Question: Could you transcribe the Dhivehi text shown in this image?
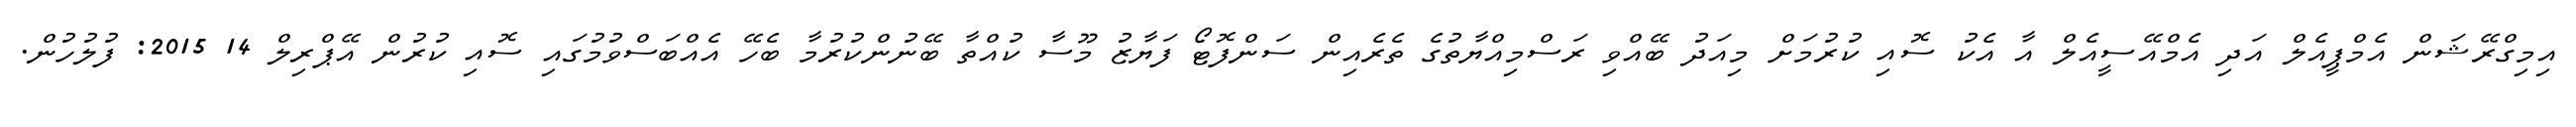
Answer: އިމިގްރޭޝަން އެމްޕީއެލް އަދި އެމްއޭސީއެލް އާ އެކު ސޮއި ކުރުމަށް މިއަދު ބޭއްވި ރަސްމިއްޔާތުގެ ތެރެއިން ސަންފޮޓޯ ފަޔާޒު މޫސާ ކުއްތާ ބޭނުންކުރުމާ ބެހޭ އެއްބަސްވުމުގައި ސޮއި ކުރުން އޭޕްރިލް 14 2015: ފުލުހުން.